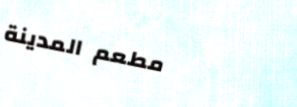
مطعم المدينة